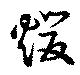
煖